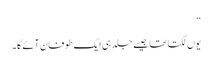
‘‘
یوں لگتا تھا جیسے جلد ہی ایک طوفان آئے گا۔